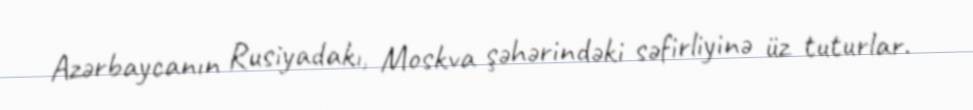
Azərbaycanın Rusiyadakı, Moskva şəhərindəki səfirliyinə üz tuturlar.